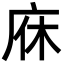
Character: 庥